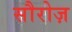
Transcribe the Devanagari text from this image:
सौरोज़